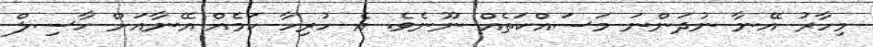
މިހާރު އޭނާ ނުދަންނަ މަސައްކަތެއް ނޫނެވެ. އެ ހުރިހާ ކަމެއް އޭނާއަށް ހާސިލް